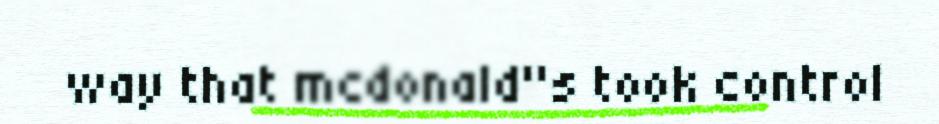
way that mcdonald"s took control